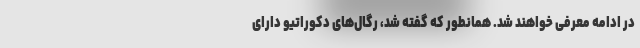
در ادامه معرفی خواهند شد. همانطور که گفته شد، رگال‌های دکوراتیو دارای